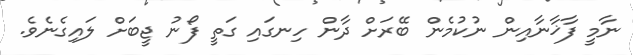
ނާމީ ފާޚާނާއިން ނުކުމެން ބޭރަށް ދާން ހިނގައި ގަތީ ފޯނު ޖީބަށް ލައިގެނެވެ.